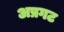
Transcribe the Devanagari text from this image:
अप्रगट